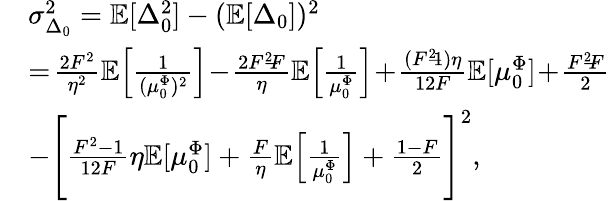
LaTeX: \begin{array}{rl}&{\sigma_{\Delta_{0}}^{2}=\mathbb{E}[\Delta_{0}^{2}]-(\mathbb{E}[\Delta_{0}])^{2}}\\ &{=\! \frac{2F^{2}}{\eta^{2}}\mathbb{E}\! \left[\frac{1}{(\mu_{0}^{\Phi})^{2}}\right]\! -\! \frac{2F^{2}\! \! -\! \! F}{\eta}\mathbb{E}\! \left[\frac{1}{\mu_{0}^{\Phi}}\right]\! +\! \frac{(F^{2}\! \! -\! \! 1)\eta}{12F}\mathbb{E}[\mu_{0}^{\Phi}]\! +\! \frac{F^{2}\! \! -\! \! F}{2}}\\ &{-\Bigg[\frac{F^{2}-1}{12F}\eta\mathbb{E}[\mu_{0}^{\Phi}]+\frac{F}{\eta}\mathbb{E}\Big[\frac{1}{\mu_{0}^{\Phi}}\Big]+\frac{1-F}{2}\Bigg]^{2},}\end{array}